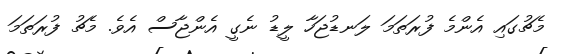
މެޗުގައި އެންމެ ފުރަތަމަ ލަނޑުޖަހާ ލީޑު ނެގީ އެންޖާސް އެވެ. މެޗު ފުރަތަމަ